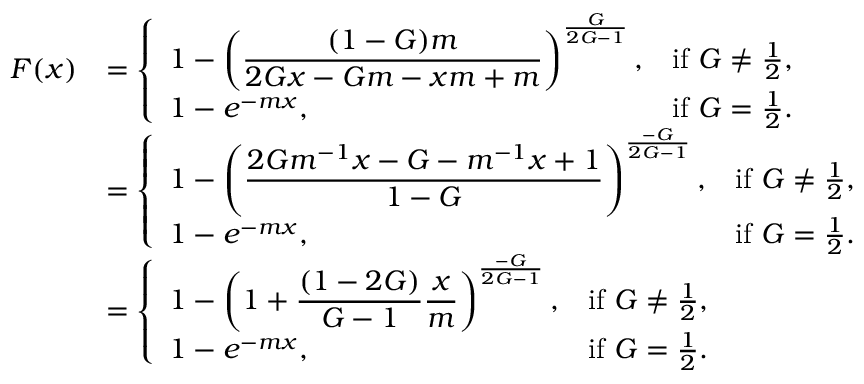
\begin{array} { r l } { F ( x ) } & { = \left\{ \begin{array} { l l } { \displaystyle 1 - \left( \frac { ( 1 - G ) m } { 2 G x - G m - x m + m } \right) ^ { \frac { G } { 2 G - 1 } } , } & { \mathrm { i f ~ } G \neq \frac { 1 } { 2 } , } \\ { \displaystyle 1 - e ^ { - m x } , } & { \mathrm { i f ~ } G = \frac { 1 } { 2 } . } \end{array} \right. } \\ & { = \left\{ \begin{array} { l l } { \displaystyle 1 - \left( \frac { 2 G m ^ { - 1 } x - G - m ^ { - 1 } x + 1 } { 1 - G } \right) ^ { \frac { - G } { 2 G - 1 } } , } & { \mathrm { i f ~ } G \neq \frac { 1 } { 2 } , } \\ { \displaystyle 1 - e ^ { - m x } , } & { \mathrm { i f ~ } G = \frac { 1 } { 2 } . } \end{array} \right. } \\ & { = \left\{ \begin{array} { l l } { \displaystyle 1 - \left( 1 + \frac { ( 1 - 2 G ) } { G - 1 } \frac { x } { m } \right) ^ { \frac { - G } { 2 G - 1 } } , } & { \mathrm { i f ~ } G \neq \frac { 1 } { 2 } , } \\ { \displaystyle 1 - e ^ { - m x } , } & { \mathrm { i f ~ } G = \frac { 1 } { 2 } . } \end{array} \right. } \end{array}